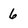
Character: 6